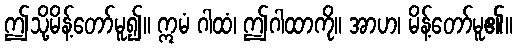
ဤသို့မိန့်တော်မူ၍။ ဣမံ ဂါထံ၊ ဤဂါထာကို။ အာဟ၊ မိန့်တော်မူ၏။